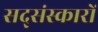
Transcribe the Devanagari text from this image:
सद्संस्कारों